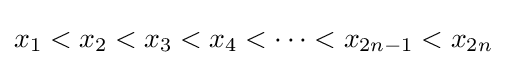
x_{1}<x_{2}<x_{3}<x_{4}<\cdots <x_{2n-1}<x_{2n}